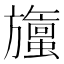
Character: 𬀞